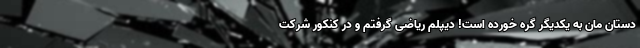
دستان مان به یکدیگر گره خورده است! دیپلم ریاضی گرفتم و در کنکور شرکت